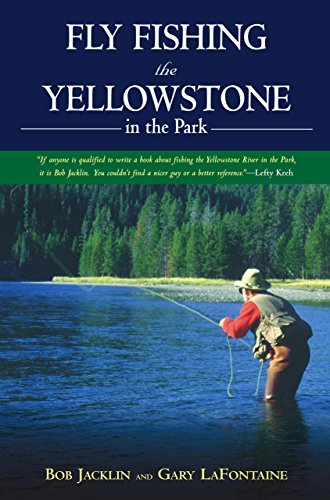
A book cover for Fly Fishing the Yellowstone in the Park; Bob Jacklin; Travel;